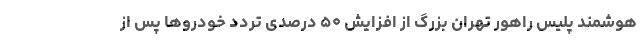
هوشمند پلیس راهور تهران بزرگ از افزایش ۵۰ درصدی تردد خودروها پس از